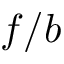
f / b